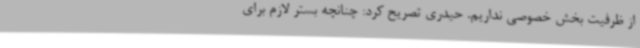
از ظرفیت بخش خصوصی نداریم. حیدری تصریح کرد: چنانچه بستر لازم برای